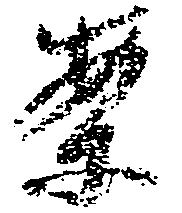
案